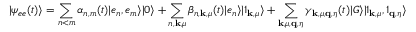
\vert \psi _ { e e } ( t ) \rangle = \sum _ { n < m } \alpha _ { n , m } ( t ) \vert e _ { n } , e _ { m } \rangle \vert 0 \rangle + \sum _ { n , \mathbf { k } , \mu } \beta _ { n , \mathbf { k } , \mu } ( t ) \vert e _ { n } \rangle \vert 1 _ { \mathbf { k } , \mu } \rangle + \sum _ { \mathbf { k } , \mu , \mathbf { q } , \eta } \gamma _ { \mathbf { k } , \mu , \mathbf { q } , \eta } ( t ) \vert G \rangle \vert 1 _ { \mathbf { k } , \mu } , 1 _ { \mathbf { q } , \eta } \rangle